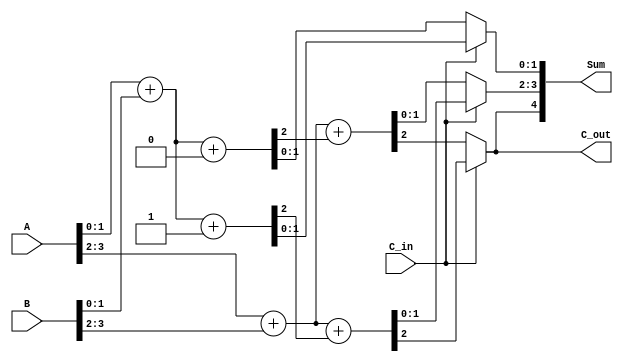
module CarrySelectAdder (
    input [3:0] A,       // 4-bit input A
    input [3:0] B,       // 4-bit input B
    input C_in,          // Carry input
    output [4:0] Sum,    // 5-bit output Sum (4 bits + carry out)
    output C_out         // Carry output
);

    wire [3:0] S0, S1;   // Sums when C_in = 0 and C_in = 1
    wire C0, C1;         // Carry outputs for S0 and S1

    // First stage: Compute S0 and S1 for the first 2 bits
    // Full Adder for A[1:0] and B[1:0] with C_in = 0
    assign {C0, S0[1:0]} = A[1:0] + B[1:0] + 1'b0; // C_in = 0
    // Full Adder for A[1:0] and B[1:0] with C_in = 1
    assign {C1, S1[1:0]} = A[1:0] + B[1:0] + 1'b1; // C_in = 1

    // Second stage: Compute S0 and S1 for the next 2 bits
    // Full Adder for A[3:2] and B[3:2] with C_in = 0
    wire C2, C3; // Carry outputs for the second stage
    assign {C2, S0[3:2]} = A[3:2] + B[3:2] + C0; // C_in = C0
    assign {C3, S1[3:2]} = A[3:2] + B[3:2] + C1; // C_in = C1

    // Selector logic to choose the correct sum and carry out
    assign Sum[1:0] = C_in ? S1[1:0] : S0[1:0];
    assign Sum[3:2] = C_in ? S1[3:2] : S0[3:2];
    assign C_out = C_in ? C3 : C2;

    // Final output sum
    assign Sum[4] = C_out; // Carry out as the MSB

endmodule